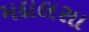
મદાલસા